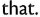
that.